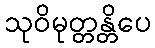
သုဝိမုတ္တန္တိပေ